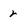
Character: r